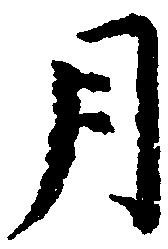
月